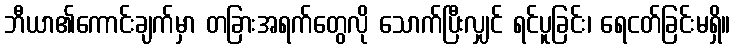
ဘီယာ၏ကောင်းချက်မှာ တခြားအရက်တွေလို သောက်ပြီးလျှင် ရင်ပူခြင်း၊ ရေငတ်ခြင်းမရှိ။